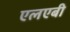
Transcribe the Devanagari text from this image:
एलएबी